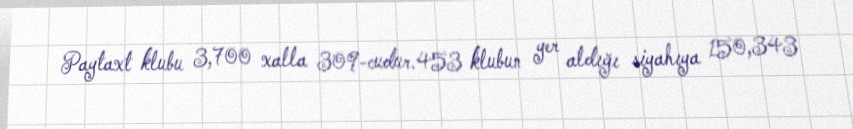
Paytaxt klubu 3,700 xalla 309-cudur.453 klubun yer aldığı siyahıya 150,343